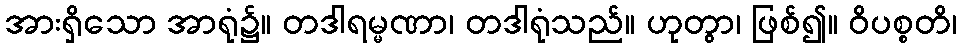
အားရှိသော အာရုံ၌။ တဒါရမ္မဏာ၊ တဒါရုံသည်။ ဟုတွာ၊ ဖြစ်၍။ ဝိပစ္စတိ၊